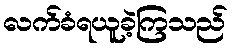
လက်ခံရယူခဲ့ကြသည်